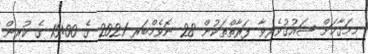
މިމަޤާމަށް ޝައުގުވެރިވާ ފަރާތްތަކުން 28 ނޮވެމްބަރ 2021 ގެ 15:00 ގެ ކުރިން